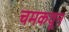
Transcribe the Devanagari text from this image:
चमकवून